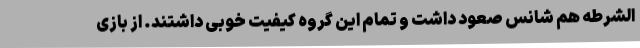
الشرطه هم شانس صعود داشت و تمام این گروه کیفیت خوبی داشتند. از بازی